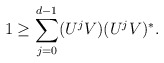
\begin{align*}1\geq \sum_{j=0}^{d-1} (U^jV)(U^jV)^*.\end{align*}